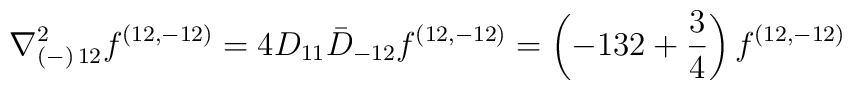
{ \nabla^2_{(-)\, 12}f^{(12,-12)} =4 D_{11} \bar D_{-12}  f^{(12,-12)}=\left(-  132 + {3\over 4}\right) f^{(12,-12)}}